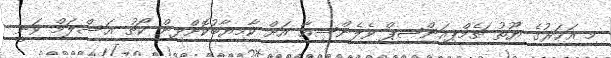
މި އަހަރުގެ ޔޫތު ޗެމްޕިއަންޝިޕް ވެލެންސިއާ އަށް ކާމިޔާބުކޮށްދިން ކޯޗު އަސްލަމް ވަނީ